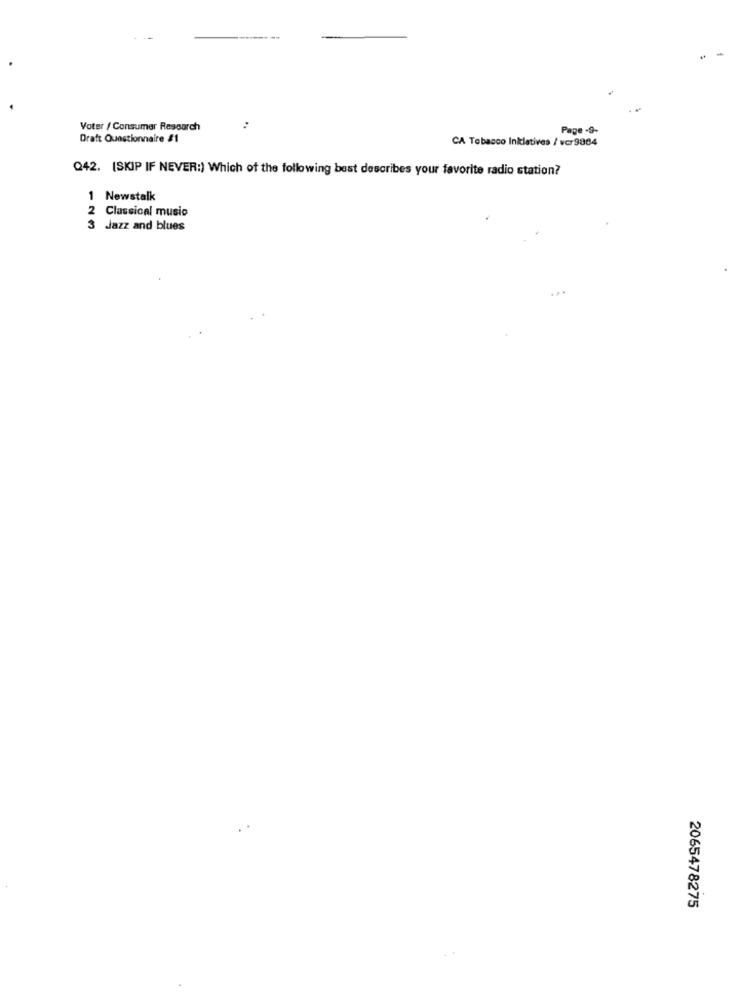
Voter / Consumer Research
Page -9-
Draft Questionnaire #1
CA Tobacco Initiatives / vcr 9884
Q42. (SKIP IF NEVER:) Which of the following best describes your favorite radio station?
1 Newstalk
2Classical music
3 Jazz and blues
2065478275